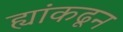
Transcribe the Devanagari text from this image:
ह्यांकढून